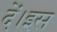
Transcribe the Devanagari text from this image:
दें।इस